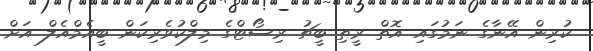
ކުރިން އޭނާގެ ނަމުގައި އޮތް ރީތި ބީޗު ރިސޯޓްގެ މިލްކުވެރިކަން ބީއެމްއެލް އަށް